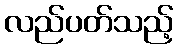
လည်ပတ်သည့်